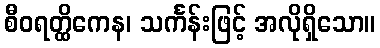
စီဝရတ္ထိကေန၊ သင်္ကန်းဖြင့် အလိုရှိသော။